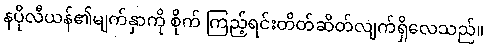
နပိုလီယန်၏မျက်နှာကို စိုက် ကြည့်ရင်းတိတ်ဆိတ်လျက်ရှိလေသည်။